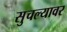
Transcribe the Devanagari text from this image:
सुचल्यावर